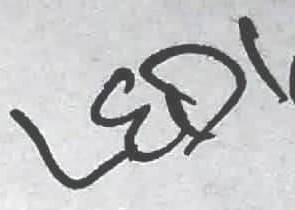
Text: LED1